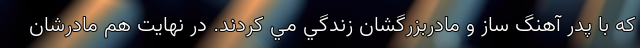
که با پدر آهنگ ساز و مادربزرگشان زندگي مي کردند. در نهايت هم مادرشان